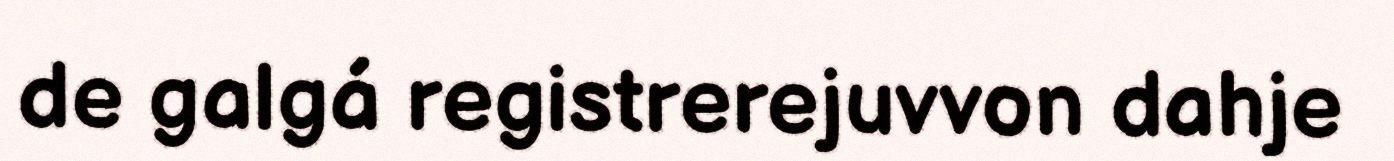
de galgá registrerejuvvon dahje